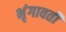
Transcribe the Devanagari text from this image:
भृंगावर्ती